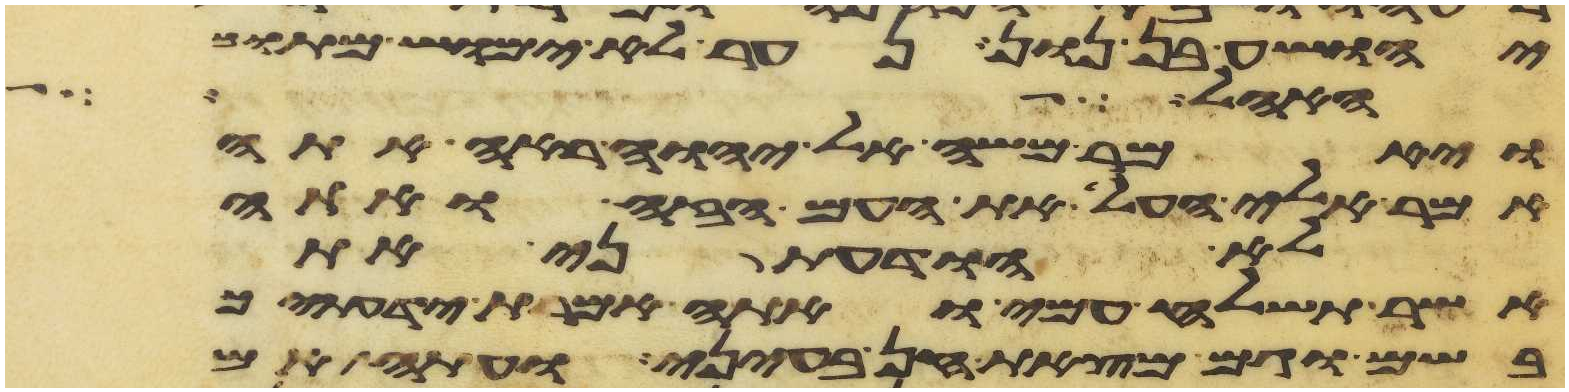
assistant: יהושע בן נון נער לא ימוש מתוך
האהל
ויאמר משה אל יהוה ראה אתה
אמר אלי העל את העם הזה ואתה
לא הודעתני את
אשר תשלח עמי ואתה אמרת ידעתיך
בשם וגם מצאת חן בעיני ועתה אם